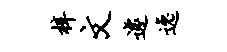
梓文遽逸